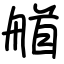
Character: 艏